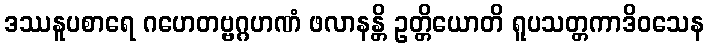
ဒဿနူပစာရေ ဂဟေတဗ္ဗဂ္ဂဟဏံ ဖလာနန္တိ ဥတ္တိယောတိ ရူပသတ္တကာဒိဝသေန